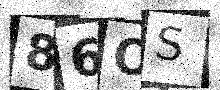
Text: 86OS